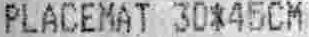
PLACEMAT 30*45CM